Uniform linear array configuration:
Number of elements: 8
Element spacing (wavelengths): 1
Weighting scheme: hamming
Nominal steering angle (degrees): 0
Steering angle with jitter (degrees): -1.46
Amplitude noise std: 0.05
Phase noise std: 0.05

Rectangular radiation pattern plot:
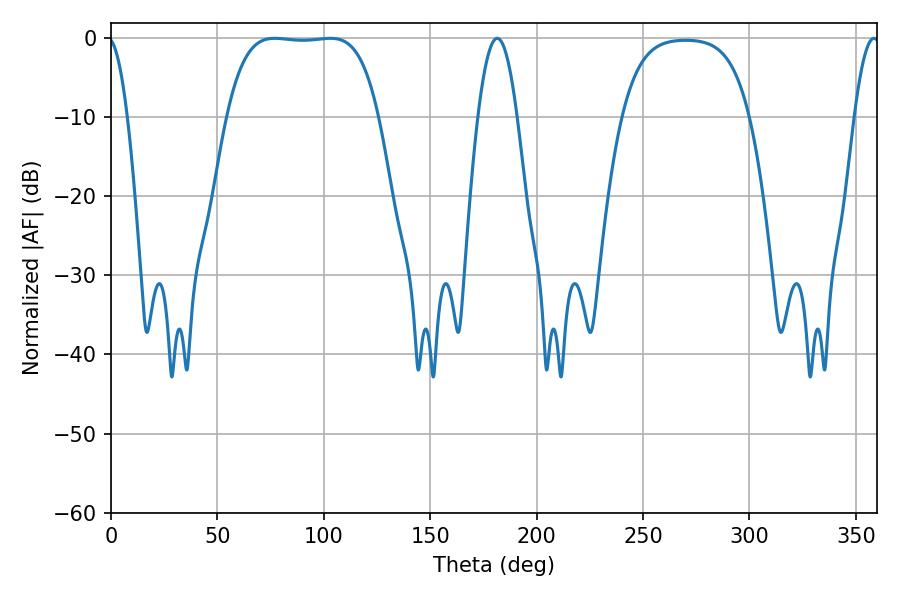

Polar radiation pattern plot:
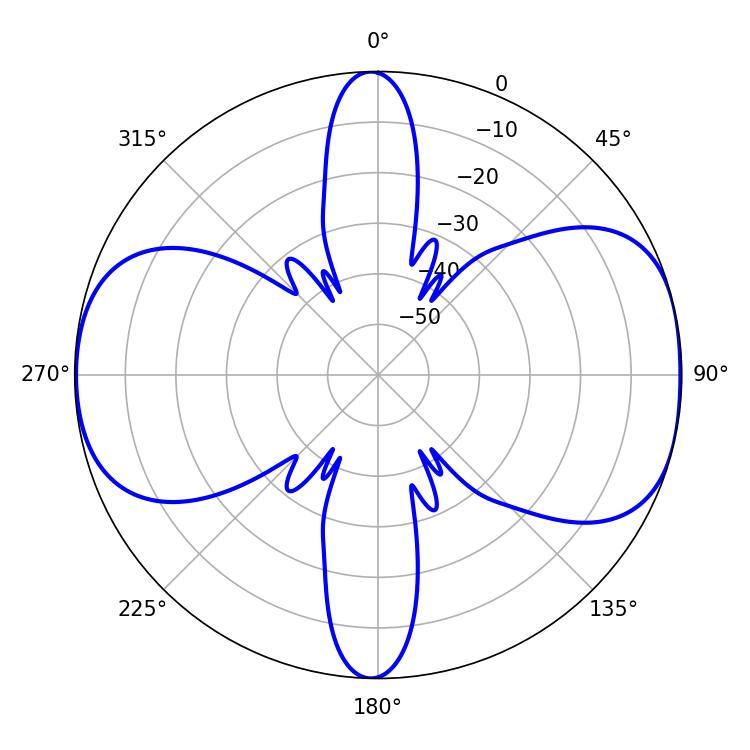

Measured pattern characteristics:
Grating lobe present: TRUE
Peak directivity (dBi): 9.133
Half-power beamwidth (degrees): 55.44
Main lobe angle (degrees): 76.86